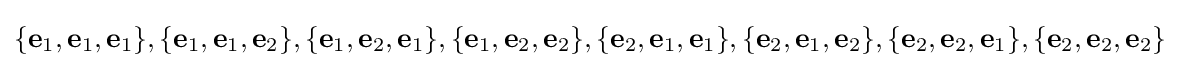
\{{\textbf {e}}_{1},{\textbf {e}}_{1},{\textbf {e}}_{1}\},\{{\textbf {e}}_{1},{\textbf {e}}_{1},{\textbf {e}}_{2}\},\{{\textbf {e}}_{1},{\textbf {e}}_{2},{\textbf {e}}_{1}\},\{{\textbf {e}}_{1},{\textbf {e}}_{2},{\textbf {e}}_{2}\},\{{\textbf {e}}_{2},{\textbf {e}}_{1},{\textbf {e}}_{1}\},\{{\textbf {e}}_{2},{\textbf {e}}_{1},{\textbf {e}}_{2}\},\{{\textbf {e}}_{2},{\textbf {e}}_{2},{\textbf {e}}_{1}\},\{{\textbf {e}}_{2},{\textbf {e}}_{2},{\textbf {e}}_{2}\}